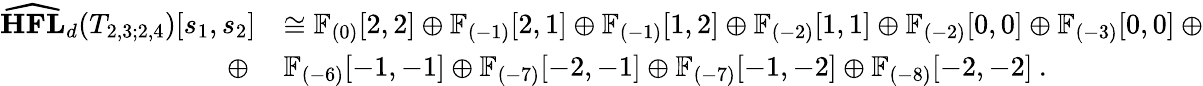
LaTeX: \begin{array}{rl}{\widehat{\textbf{HFL}}_{d}(T_{2,3;2,4})[s_{1},s_{2}]}&{\cong\mathbb{F}_{(0)}[2,2]\oplus\mathbb{F}_{(-1)}[2,1]\oplus\mathbb{F}_{(-1)}[1,2]\oplus\mathbb{F}_{(-2)}[1,1]\oplus\mathbb{F}_{(-2)}[0,0]\oplus\mathbb{F}_{(-3)}[0,0]\: \oplus}\\ {\oplus\: }&{\mathbb{F}_{(-6)}[-1,-1]\oplus\mathbb{F}_{(-7)}[-2,-1]\oplus\mathbb{F}_{(-7)}[-1,-2]\oplus\mathbb{F}_{(-8)}[-2,-2]\: .}\end{array}